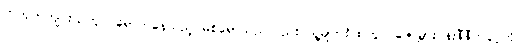
ကတုတ်ကျင်းထဲတွင် ရောက်နေသည့် မစ်ရှောသည်လည်း သူ့မျက်စိထဲတွင် ဇော်မွှားပန်းနီနီတပွင့်ကို